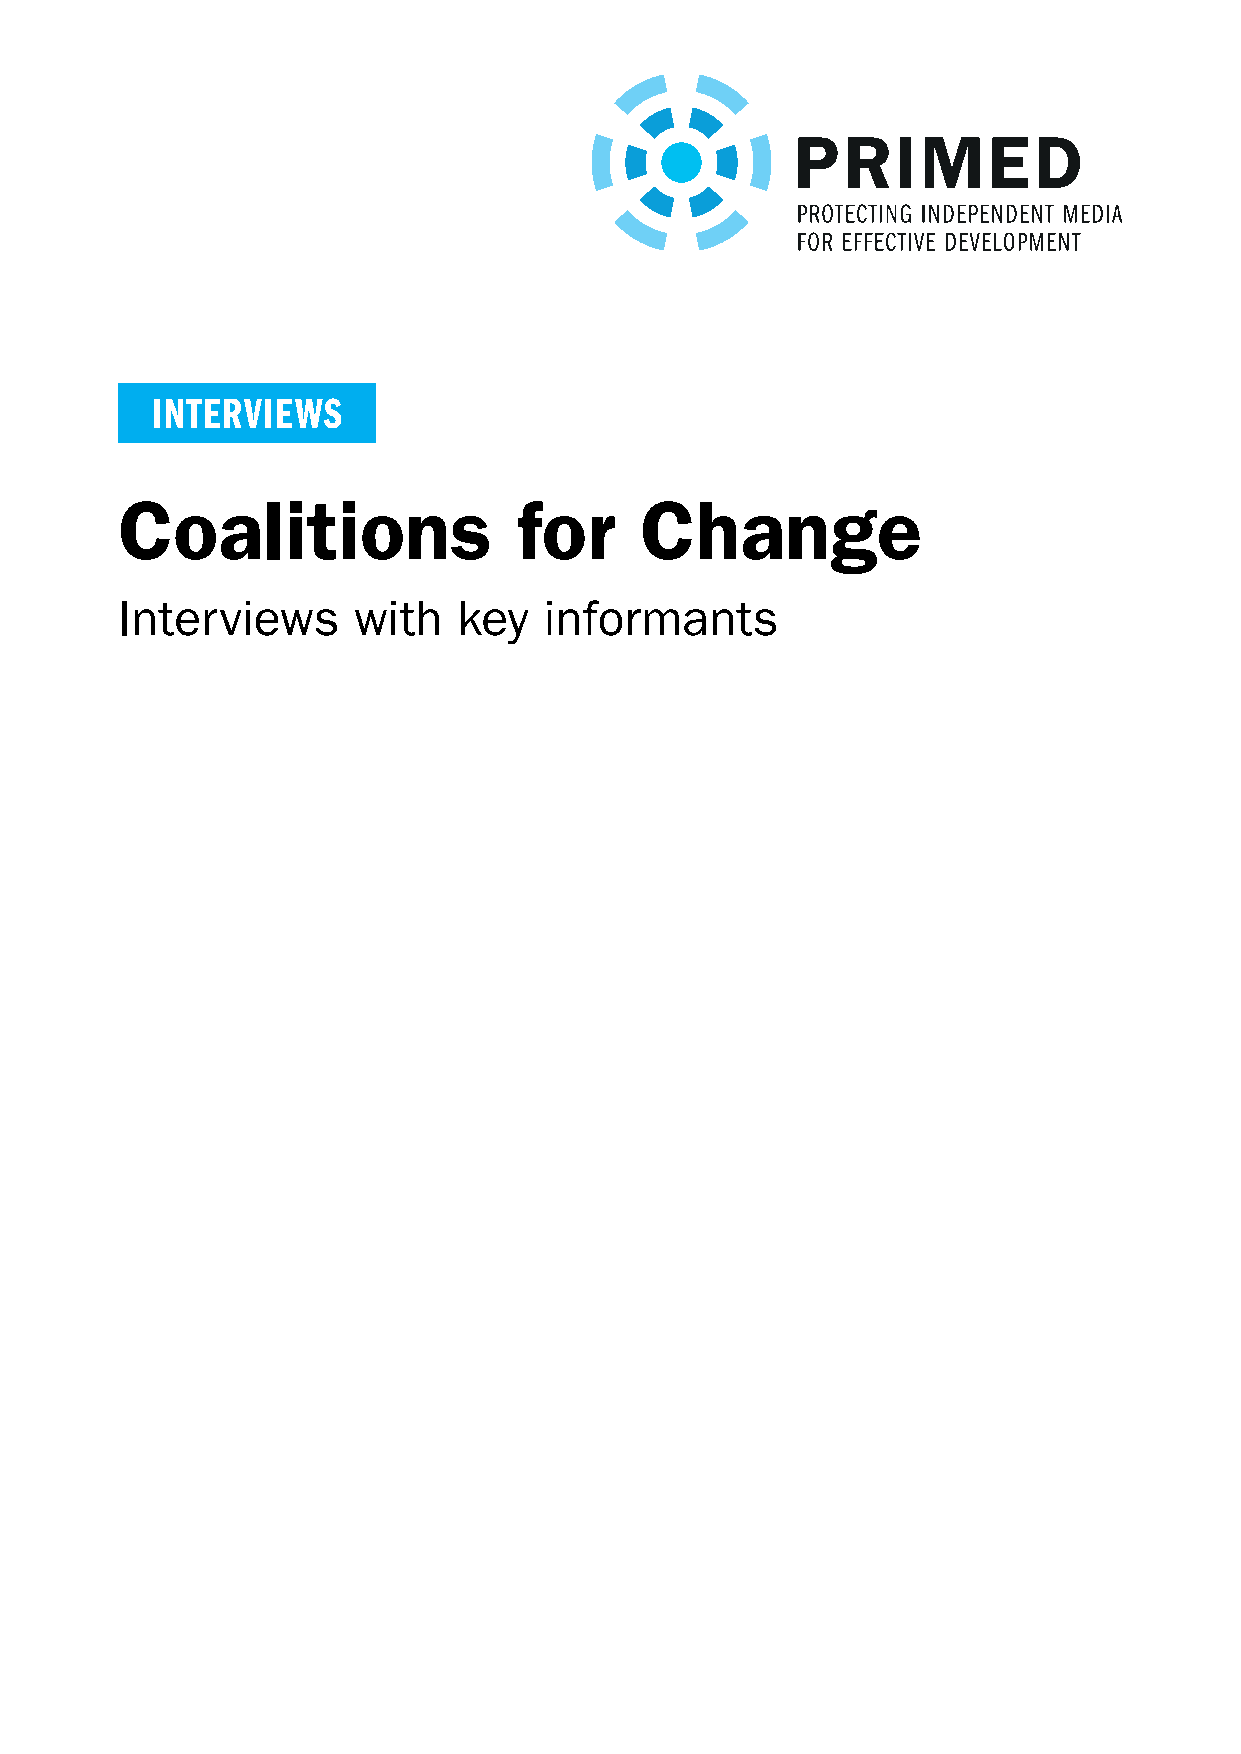
INTERVIEWS
 Coalitions                for     Change
 Interviews     with   key   informants